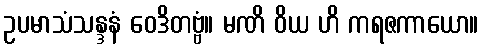
ဥပမာသံသန္ဒနံ ဝေဒိတဗ္ဗံ။ မဏိ ဝိယ ဟိ ကရဇကာယော။